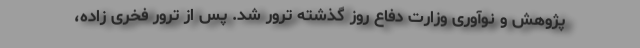
پژوهش و نوآوری وزارت دفاع روز گذشته ترور شد. پس از ترور فخری زاده،